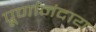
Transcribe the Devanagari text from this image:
पूर्णानंदाय